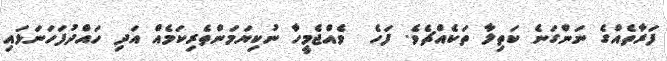
ފަރާތެއްގެ ނަންގަނެ ކަތިލާ ތަކެއްޗެވެ. ފަހެ  ވެއްޖެމީހާ ނުކިޔަމަންތެރިކަމެއް އަދި ހައްދުފަހަނަޅައި